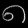
Digit: ၈